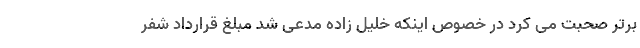
برتر صحبت می کرد در خصوص اینکه خلیل زاده مدعی شد مبلغ قرارداد شفر